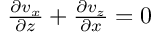
\begin{array} { r } { \frac { \partial v _ { x } } { \partial z } + \frac { \partial v _ { z } } { \partial x } = 0 } \end{array}